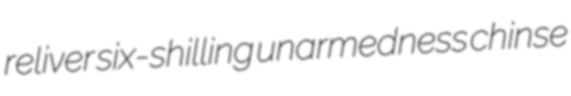
reliver six-shilling unarmedness chinse